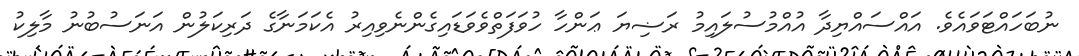
ނުބަހައްޓަވައެވެ. އައްސައްޔިދާ އުއްމުސުލައިމު ރަޟިޔަ ޢަންހާ ހުވަފަތްވެވަޑައިގެންނެވިއިރު އެކަމަނާގެ ދަރިކަލުން އަނަސުބުނު މާލިކު